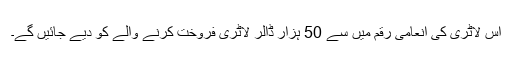
اس لاٹری کی انعامی رقم میں سے 50 ہزار ڈالر لاٹری فروخت کرنے والے کو دیے جائیں گے۔